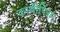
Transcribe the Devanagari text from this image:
कांचीपिरम